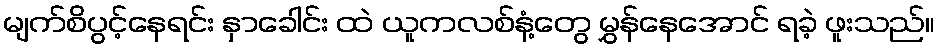
မျက်စိပွင့်နေရင်း နှာခေါင်း ထဲ ယူကလစ်နံ့တွေ မွှန်နေအောင် ရခဲ့ ဖူးသည်။